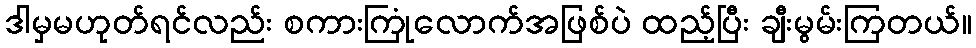
ဒါမှမဟုတ်ရင်လည်း စကားကြုံလောက်အဖြစ်ပဲ ထည့်ပြီး ချီးမွမ်းကြတယ်။